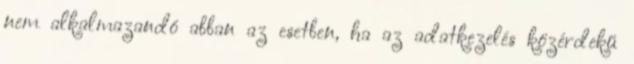
nem alkalmazandó abban az esetben, ha az adatkezelés közérdekű